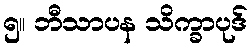
၅။ ဘီသာပန သိက္ခာပုဒ်